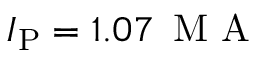
\ensuremath { I _ { \mathrm { P } } } = 1 . 0 7 \, \mathrm { ~ M ~ A ~ }